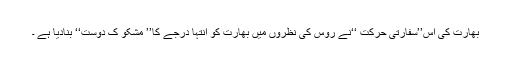
بھارت کی اِس’’سفارتی حرکت ‘‘نے روس کی نظروں میں بھارت کو انتہا درجے کا’’ مشکو ک دوست‘‘ بنادیا ہے ۔